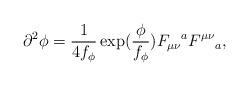
LaTeX: \begin{align*}\partial^2\phi=\frac{1}{4f_\phi}\exp(\frac{\phi}{f_\phi})F_{\mu\nu}{}^a F^{\mu\nu}{}_a,\end{align*}